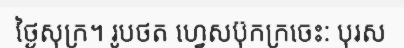
ថ្ងៃសុក្រ។ រូបថត ហ្វេសប៊ុកក្រចេះ: បុរស